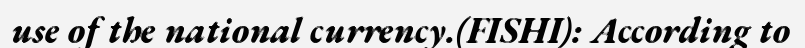
use of the national currency.(FISHI): According to